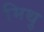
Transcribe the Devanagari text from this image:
मिथु